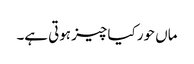
ماں حور کیا چیز ہوتی ہے۔